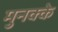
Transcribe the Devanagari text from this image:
मुनक्के